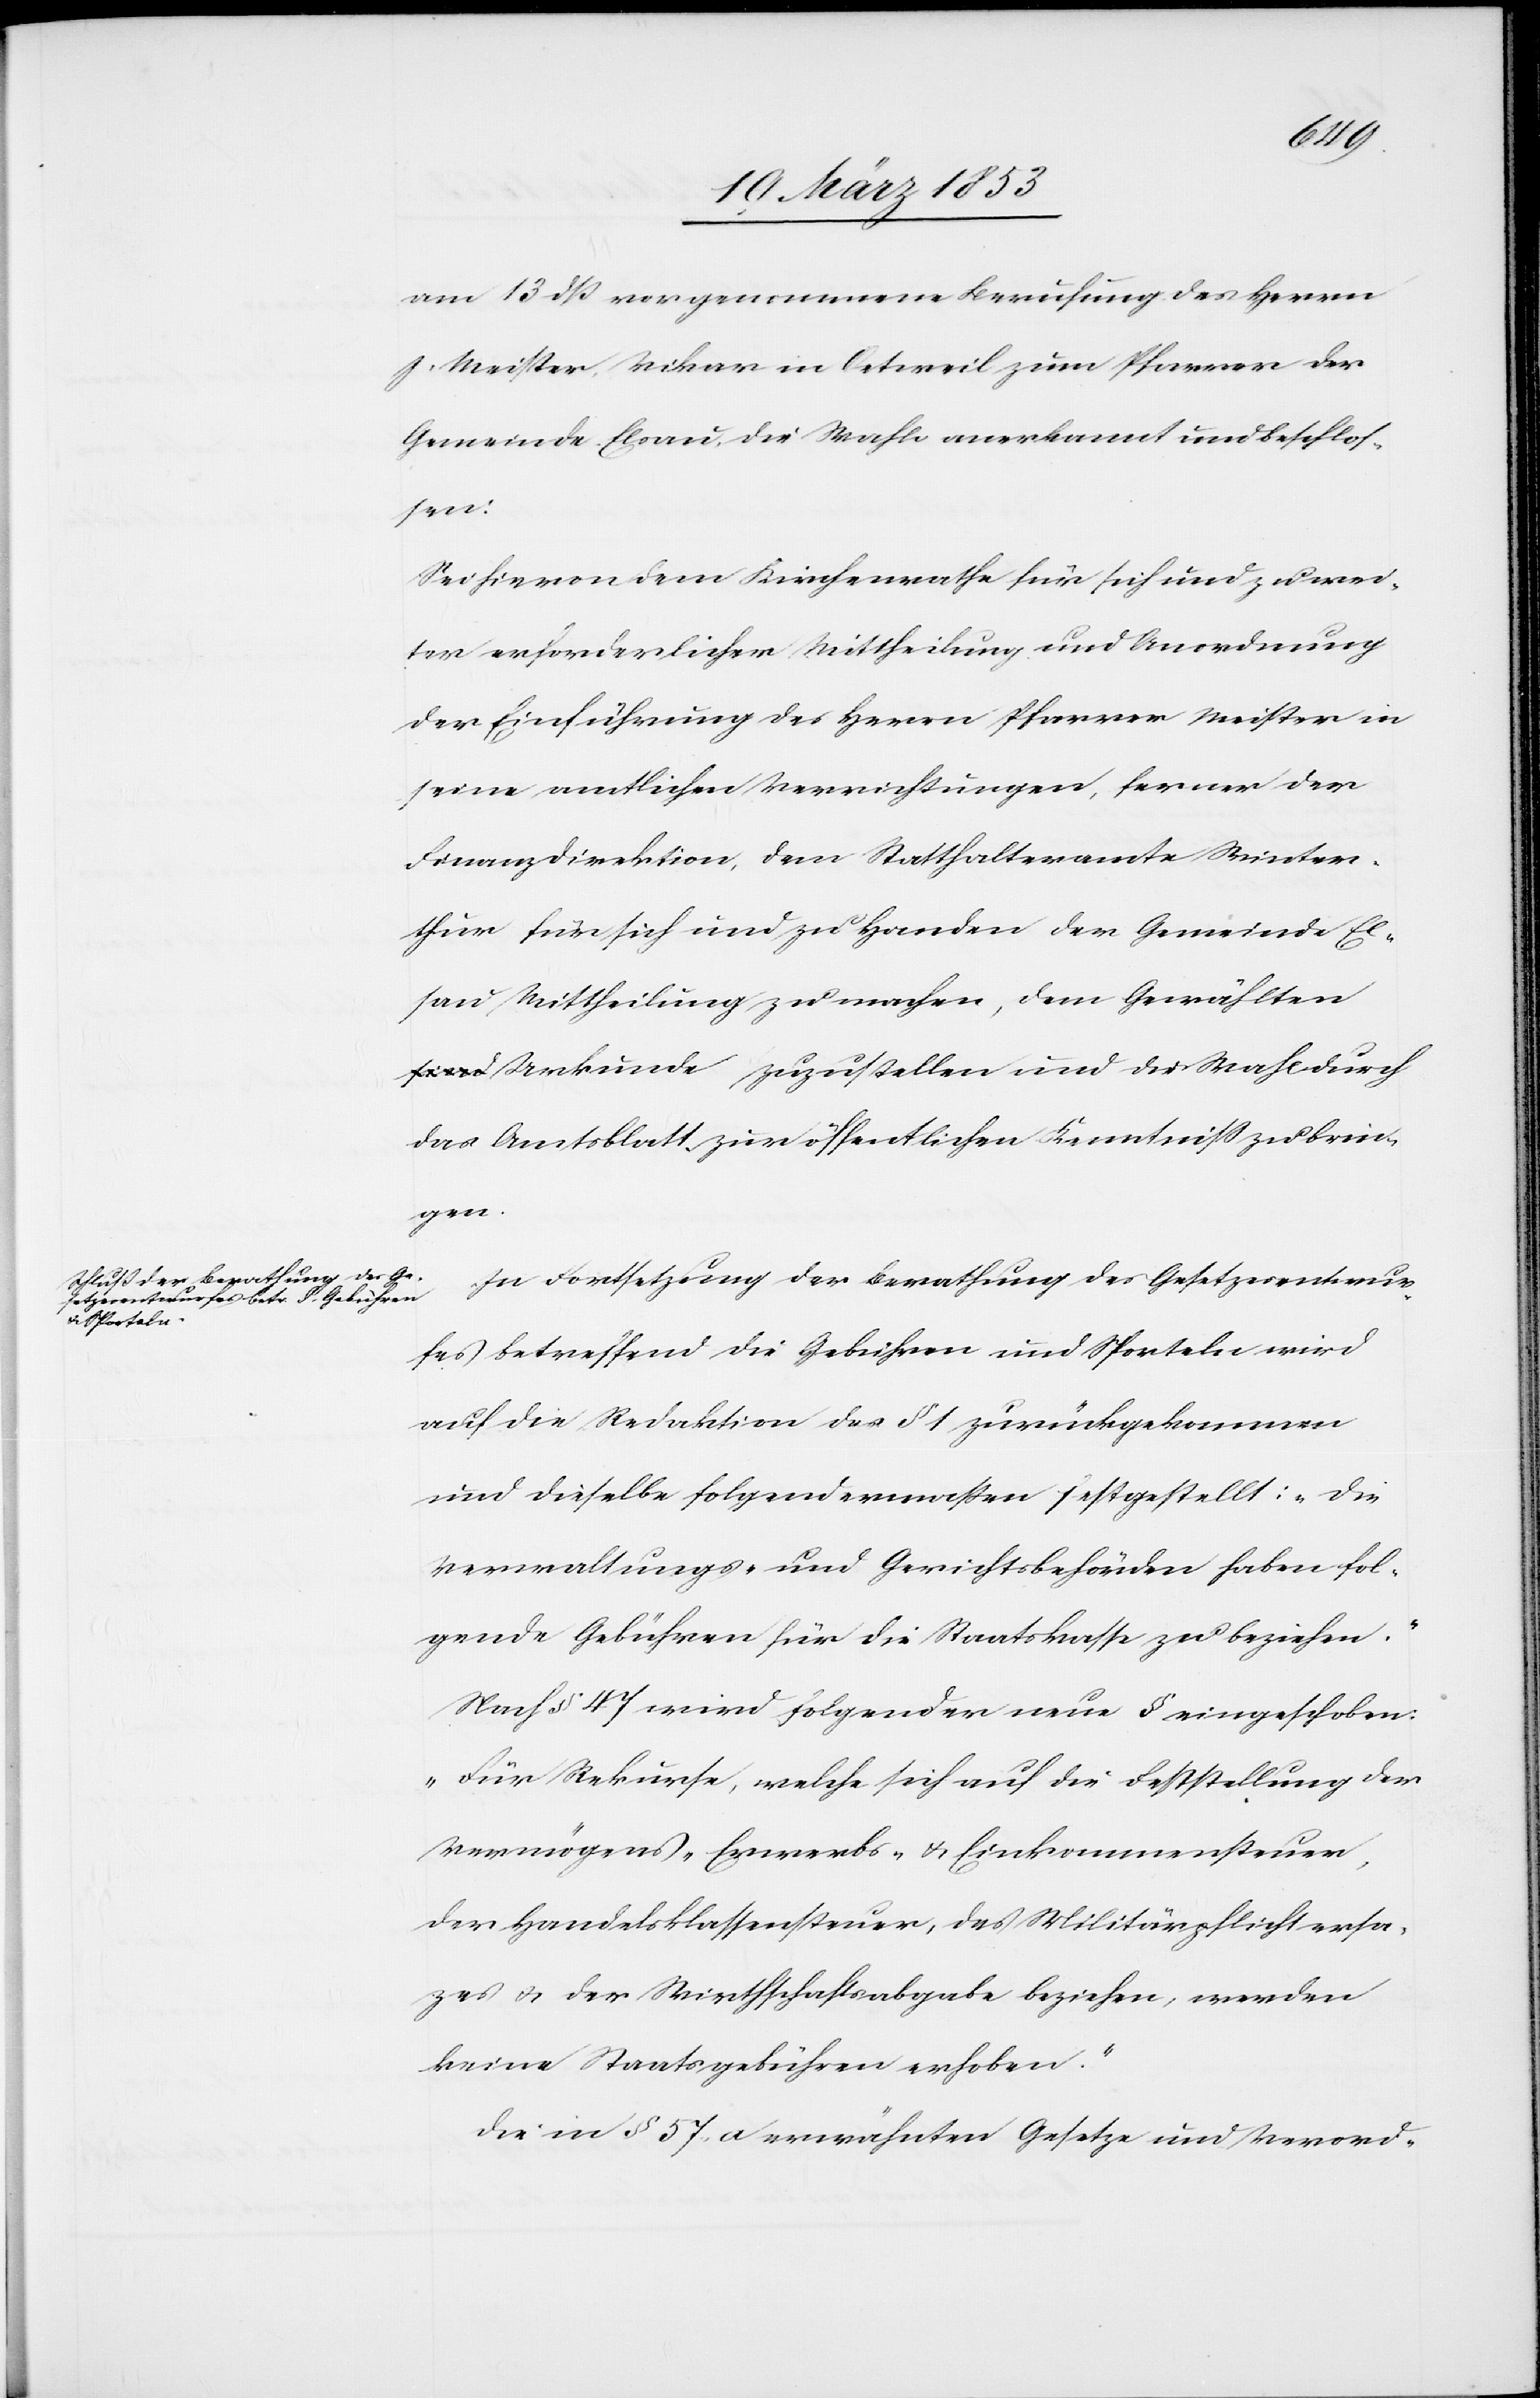
am 13 dß vorgenommene Berufung des Herrn
J. Meister, Vikar in Oetweil zum Pfarrer der
Gemeinde Elsau, die Wahl anerkannt und beschlos¬
sen:
Sei hievon dem Kirchenrathe für sich und zu wei¬
ter erforderlicher Mittheilung und Anordnung
der Einführung des Herrn Pfarrer Meister in
seine amtlichen Verrichtungen, ferner der
Finanzdirektion, dem Statthalteramte Winter¬
thur für sich und zu Handen der Gemeinde El¬
sau, Mittheilung zu machen, dem Gewählten
Urkunde zuzustellen und die Wahl durch
das Amtsblatt zur öffentlichen Kenntniß zu brin¬
gen.
In Fortsetzung der Berathung des Gesetzesentwur¬
fes betreffend die Gebühren und Sporteln wird
auf die Redaktion des § 1 zurückgekommen
und dieselbe folgendermaßen festgestellt: „Die
Verwaltungs- und Gerichtsbehörden haben fol¬
gende Gebühren für die Staatskasse zu beziehen.“
Nach § 47 wird folgender neue[r] § eingeschoben.
„Für Rekurse, welche sich auf die Bestellung der
Vermögens- Erwerbs- u. Einkommenssteuer,
der Handelsklassensteuer, des Militärpflichtersa¬
tzes u. der Wirthschaftsabgabe beziehen, werden
keine Staatsgebühren erhoben.“
Die in § 57 a erwähnten Gesetze und Verord-